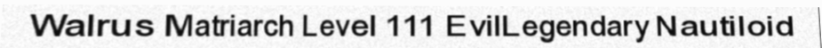
Walrus Matriarch Level 111 EvilLegendary Nautiloid